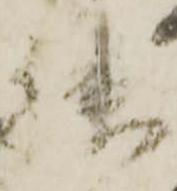
狭